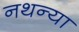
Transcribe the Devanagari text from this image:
नथन्या